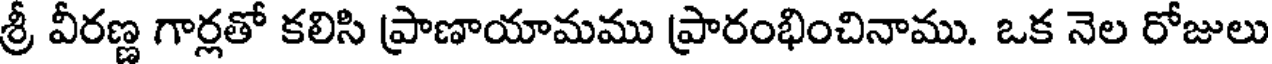
శ్రీ వీరణ్ణ గార్లతో కలిసి ప్రాణాయామము ప్రారంభించినాము. ఒక నెల రోజులు